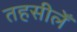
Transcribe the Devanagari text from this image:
तहसीलेँ